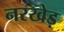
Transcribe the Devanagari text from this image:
नरखेड़